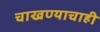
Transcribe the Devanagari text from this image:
चाखण्याचाही